system: You are a helpful assistant.
user:
Analyze the provided spectrum to determine if it is a **White Dwarf (WD)**.

A White Dwarf spectrum is defined by its **extreme purity** (due to gravitational settling) and/or **extreme pressure broadening** (due to high surface gravity). You must check for one of the following mutually exclusive signatures:

- **Key Visual Indicators (Check for ONE of these types):**

    - **1. DA-Type Signature (Most Common):**
        - **(Primary Feature):** Extreme pressure broadening (Stark broadening) of the **Hydrogen (H) Balmer lines**.
        - **(Key Lines):** $H\beta$ (approx. $4861$ Å) and $H\gamma$ (approx. $4340$ Å). $H\alpha$ (approx. $6563$ Å) will also be present if the wavelength range covers it.
        - **(Line Profile):** This is the **defining feature**. The lines are **NOT** sharp. They appear as massive, **extremely broad and deep "troughs" or "dips"** in the spectrum, often hundreds of Ångströms wide. The continuum will appear to "scoop" down at these wavelengths.
        - **(Distinction):** Normal A-type or B-type stars have *narrow* and *sharp* Hydrogen lines. A DA White Dwarf's lines are unmistakably "smeared" or "blurry" from pressure.

    - **2. DB-Type Signature:**
        - **(Primary Feature):** Broad absorption lines from **Neutral Helium (He I)**. The spectrum must lack any visible Hydrogen lines.
        - **(Key Lines):** Look for broad absorption near $4471$ Å, $4921$ Å, and $5876$ Å.
        - **(Line Profile):** These lines are also significantly pressure-broadened, appearing much wider than they would in a normal B-type main-sequence star.

    - **3. DC-Type Signature:**
        - **(Primary Feature):** A **featureless continuous spectrum**.
        - **(Line Profile):** The spectrum is a smooth curve with **no significant absorption or emission lines**.
        - **(Key Confirmation):** The continuum is almost always **blue or white**, indicating a hot object. This signature implies the atmosphere is so pure (or so cool) that no spectral lines are visible in the optical range. Its WD identity is confirmed by its extremely low intrinsic brightness (high absolute magnitude).

    - **4. DZ-Type Signature (Metal-Polluted):**
        - **(Primary Feature):** **Isolated, narrow metal absorption lines** on an otherwise featureless (DC-like) continuum.
        - **(Key Lines):** The **Calcium (Ca II) H & K doublet** (approx. **$3934$ Å** and **$3968$ Å**) is the most common and defining feature.
        - **(Line Profile):** These lines are "out of place." They are *not* part of a "forest" of thousands of lines. This signature is evidence of recent *accretion* (pollution) from rocky debris.
        - **(Distinction):** Normal G/K/M stars have a *dense forest* of thousands of metal lines. A DZ has a *clean* continuum with *only a few* strong metal lines.

    - **5. DQ-Type Signature (Carbon-Polluted):**
        - **(Primary Feature):** Absorption bands from **Carbon (C₂ "Swan Bands" or atomic C I)**.
        - **(Key Lines - C₂):** Look for bandheads with a "saw-tooth" shape near $5635$ Å, **$5165$ Å** (strongest), and $4737$ Å.
        - **(Key Confirmation):** The underlying **continuum must be blue or white** (hot).
        - **(Distinction):** This is the critical difference from a **Carbon Star**, which has the *exact same* C₂ bands but on an extremely **red, cool** continuum.

- **(Overall Spectrum):**
    - The continuum (overall shape) is typically **blue-sloping** (brighter in the blue than the red), as most white dwarfs are very hot.
    - The spectrum will look "pure" or "simple," dominated by only *one* of the five signatures listed above.

Think first, call **spectral_visualization_tool** if needed to examine features in detail, then provide your final answer. Your response must adhere to the following strict rules:
1.  **Overall Structure:** Your response must follow the format `<think>...</think> <tool_call>...</tool_call> (if a tool is used) <answer>...</answer>`.
2.  **Tool Usage Constraint:** You may only make **one** tool call per turn.
3.  **Final Answer Format:** In the `<answer>` tag, your conclusion must be inside a `\boxed{}` command (e.g., `\boxed{YES}` or `\boxed{NO}`), followed by your justification.

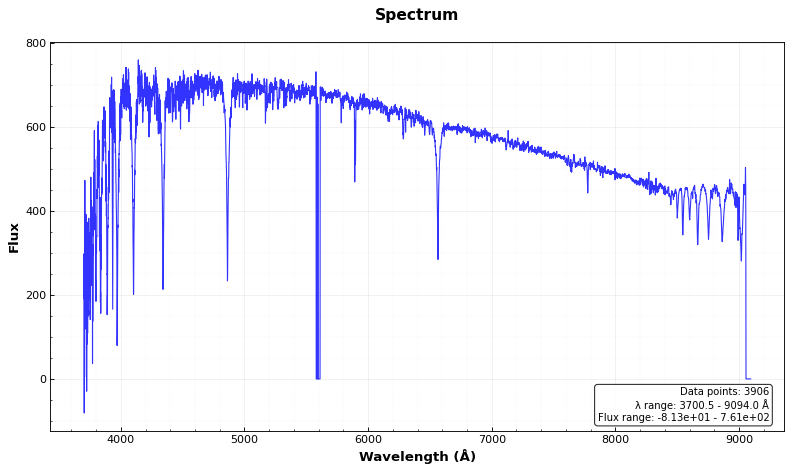
Answer: NO